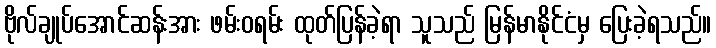
ဗိုလ်ချုပ်အောင်ဆန်းအား ဖမ်းဝရမ်း ထုတ်ပြန်ခဲ့ရာ သူသည် မြန်မာနိုင်ငံမှ ပြေးခဲ့ရသည်။